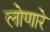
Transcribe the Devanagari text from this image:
लोणारे